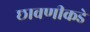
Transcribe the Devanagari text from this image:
छावणीकडे